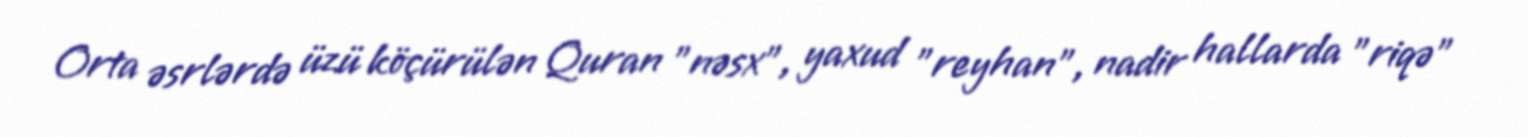
Orta əsrlərdə üzü köçürülən Quran "nəsx", yaxud "reyhan", nadir hallarda "riqə"